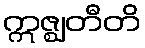
ဣဇ္ဈတီတိ